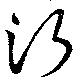
行